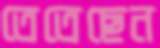
তেতেছেন